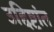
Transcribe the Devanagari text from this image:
उद्दिष्टांत